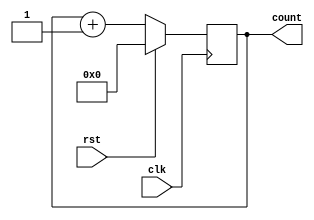
`timescale 1ns / 1ps
//////////////////////////////////////////////////////////////////////////////////
// Company: 
// Engineer: 
// 
// Design Name: 
// Module Name:    count32 
// Project Name: 
// Target Devices: 
// Tool versions: 
// Description: 
//
// Dependencies: 
//
// Revision: 
// Revision 0.01 - File Created
// Additional Comments: 
//
//////////////////////////////////////////////////////////////////////////////////
module count32(
    input clk,
    input rst,
    output reg [31:0] count
    );
always @(posedge clk)
begin
  if (rst)
    count = 32'b0; 
  else
    count = count + 1;
end

endmodule